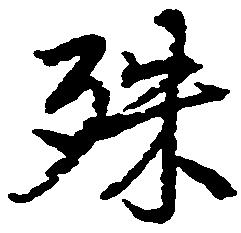
殊